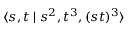
\langle s , t \mid s ^ { 2 } , t ^ { 3 } , ( s t ) ^ { 3 } \rangle